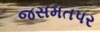
જસમતપર